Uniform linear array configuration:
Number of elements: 4
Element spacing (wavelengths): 1
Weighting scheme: cosine
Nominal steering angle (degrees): -60
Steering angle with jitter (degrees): -60.56
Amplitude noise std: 0.05
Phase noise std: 0.05

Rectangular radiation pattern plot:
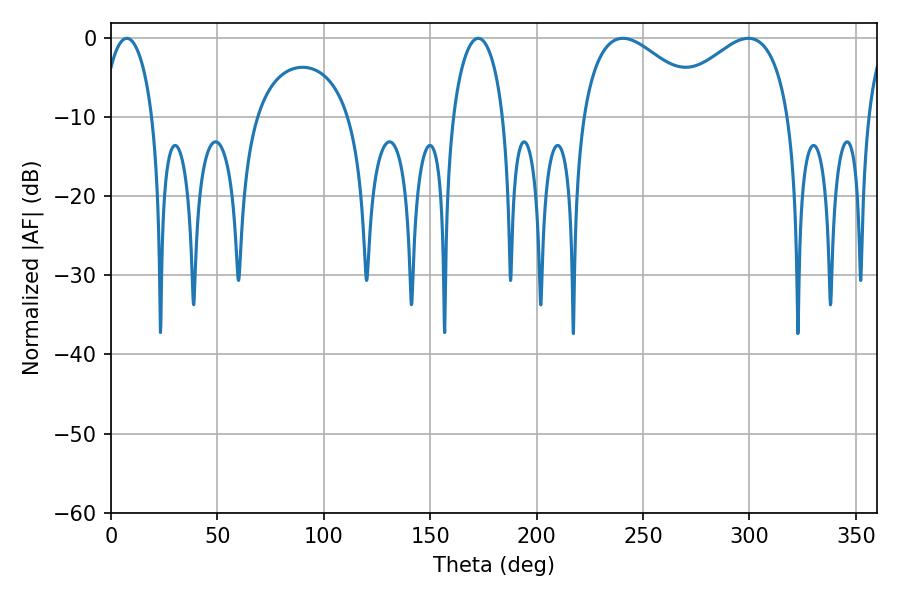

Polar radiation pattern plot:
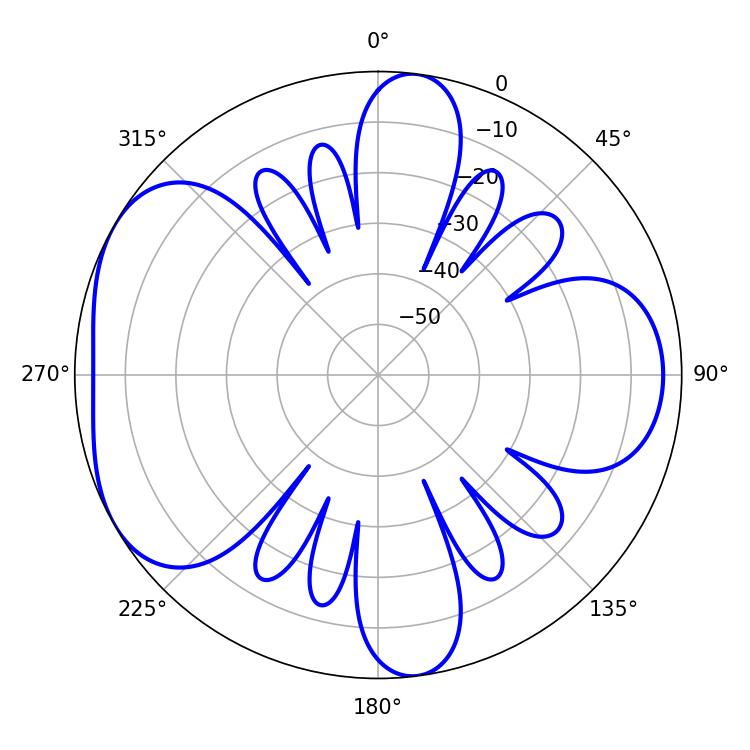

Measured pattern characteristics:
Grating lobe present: TRUE
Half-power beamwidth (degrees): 32.4
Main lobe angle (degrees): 240.48